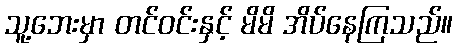
သူ့ဘေးမှာ တင်ဝင်းနှင့် မိမိ အိပ်နေကြသည်။